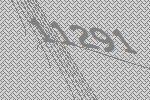
11291